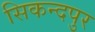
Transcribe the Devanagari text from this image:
सिकन्दपुर